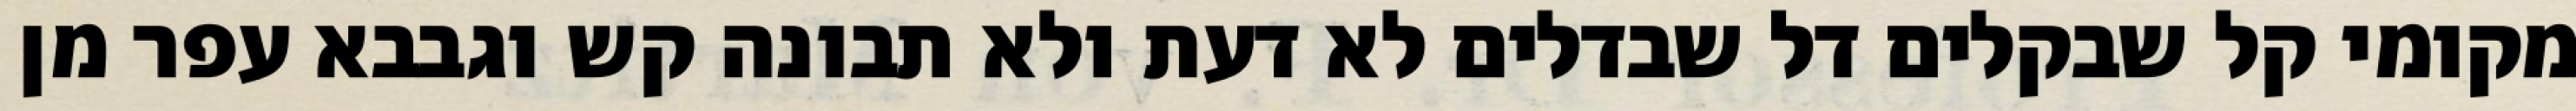
מקומי קל שבקלים דל שבדלים לא דעת ולא תבונה קש וגבבא עפר מן